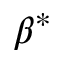
\beta ^ { * }